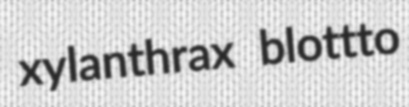
xylanthrax blottto